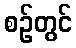
စဉ်တွင်